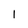
Character: 1